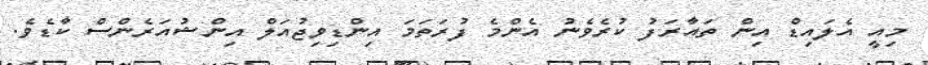
މިއީ އެލައިޑް އިން ތައާރަފު ކުރެވެނު އެންމެ ފުރަތަމަ އިންޑިވިޖުއަލް އިންޝުއަރެންސް ކާޑެވެ.